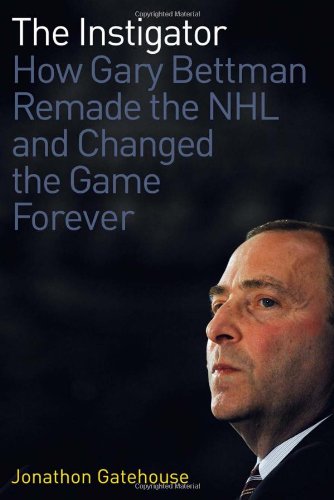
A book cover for The Instigator: How Gary Bettman Remade the NHL and Changed the Game Forever; Jonathon Gatehouse; Biographies & Memoirs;